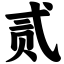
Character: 贰